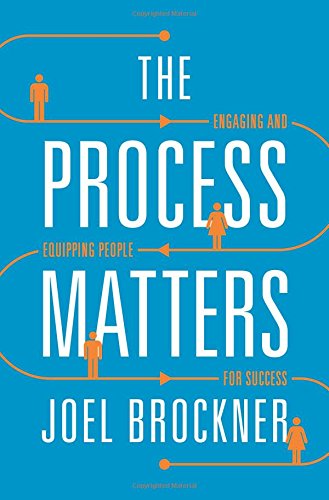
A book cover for The Process Matters: Engaging and Equipping People for Success; Joel Brockner; Health, Fitness & Dieting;